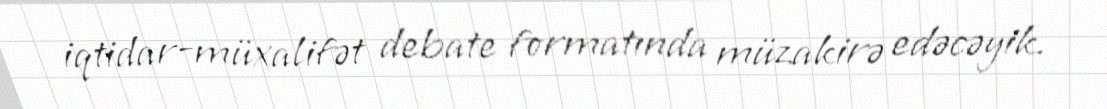
iqtidar-müxalifət debate formatında müzakirə edəcəyik.